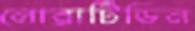
লোরাটিডিন